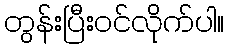
တွန်းပြီးဝင်လိုက်ပါ။